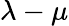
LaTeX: \lambda-\mu